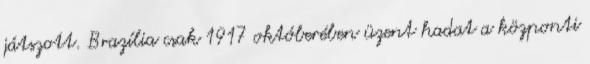
játszott. Brazília csak 1917 októberében üzent hadat a központi